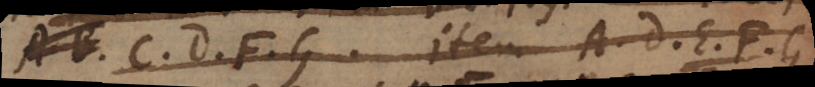
A, B, C, D, F, G, è A, D, E, F, G